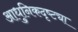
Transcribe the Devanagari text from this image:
आधुनिकदृष्ट्या